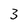
Character: 3